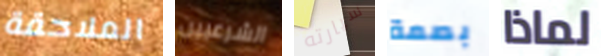
الملاحقة الشرعيين سيارته بصمة لماذا